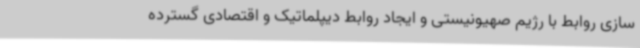
سازی روابط با رژیم صهیونیستی و ایجاد روابط دیپلماتیک و اقتصادی گسترده